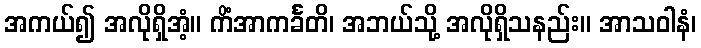
အကယ်၍ အလိုရှိအံ့။ ကိံအာကင်္ခတိ၊ အဘယ်သို့ အလိုရှိသနည်း။ အာသဝါနံ၊